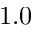
1 . 0